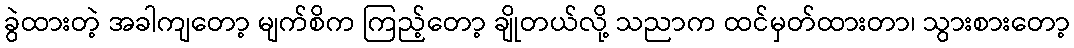
ခွဲထားတဲ့ အခါကျတော့ မျက်စိက ကြည့်တော့ ချိုတယ်လို့ သညာက ထင်မှတ်ထားတာ၊ သွားစားတော့